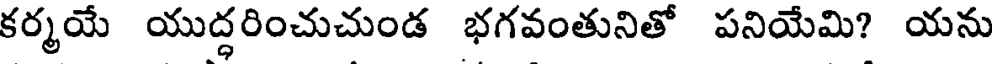
కర్మయే యుద్ధరించుచుండ భగవంతునితో పనియేమి? యను